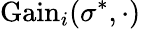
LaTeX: {\mathrm{Gain}}_{i}(\sigma^{*},\cdot)